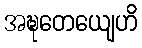
အဍ္ဎတေယျေဟိ